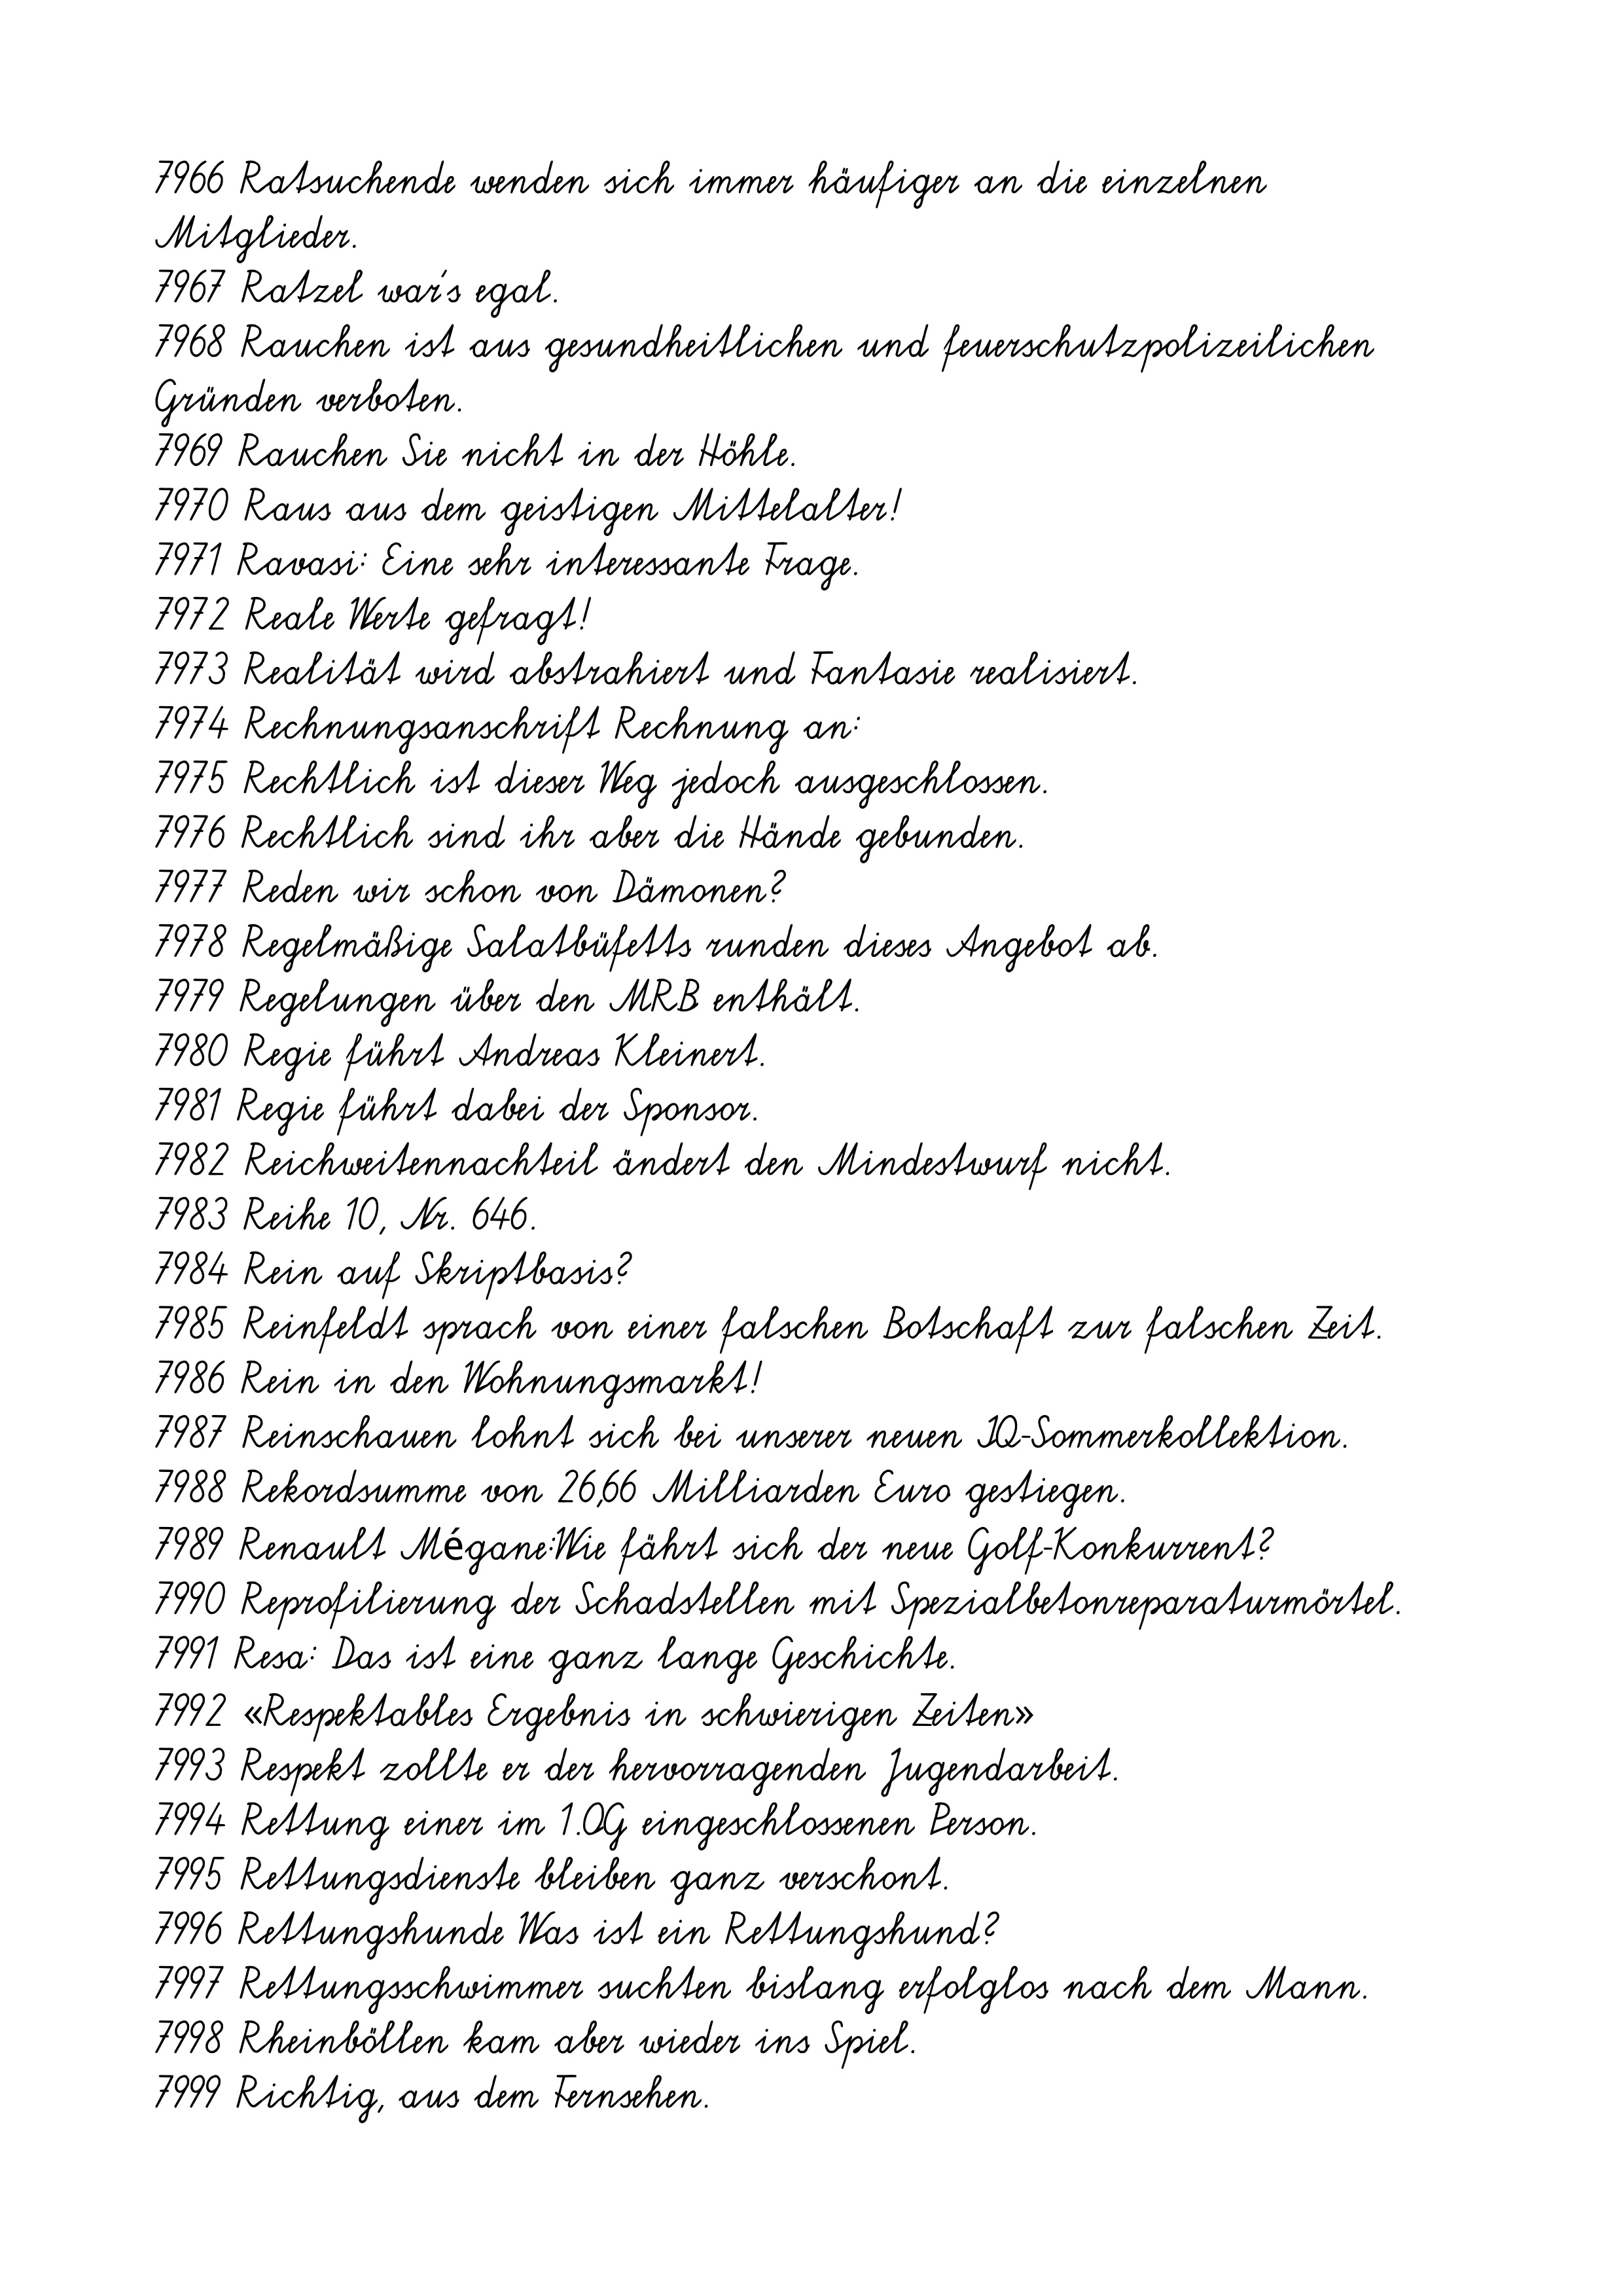
7966 Ratsuchende wenden sich immer häufiger an die einzelnen
Mitglieder.
7967 Ratzel war's egal.
7968 Rauchen ist aus gesundheitlichen und feuerschutzpolizeilichen
Gründen verboten.
7969 Rauchen Sie nicht in der Höhle.
7970 Raus aus dem geistigen Mittelalter!
7971 Ravasi: Eine sehr interessante Frage.
7972 Reale Werte gefragt!
7973 Realität wird abstrahiert und Fantasie realisiert.
7974 Rechnungsanschrift Rechnung an:
7975 Rechtlich ist dieser Weg jedoch ausgeschlossen.
7976 Rechtlich sind ihr aber die Hände gebunden.
7977 Reden wir schon von Dämonen?
7978 Regelmäßige Salatbüfetts runden dieses Angebot ab.
7979 Regelungen über den MRB enthält.
7980 Regie führt Andreas Kleinert.
7981 Regie führt dabei der Sponsor.
7982 Reichweitennachteil ändert den Mindestwurf nicht.
7983 Reihe 10, Nr. 646.
7984 Rein auf Skriptbasis?
7985 Reinfeldt sprach von einer falschen Botschaft zur falschen Zeit.
7986 Rein in den Wohnungsmarkt!
7987 Reinschauen lohnt sich bei unserer neuen IQ-Sommerkollektion.
7988 Rekordsumme von 26,66 Milliarden Euro gestiegen.
7989 Renault Mégane:Wie fährt sich der neue Golf-Konkurrent?
7990 Reprofilierung der Schadstellen mit Spezialbetonreparaturmörtel.
7991 Resa: Das ist eine ganz lange Geschichte.
7992 «Respektables Ergebnis in schwierigen Zeiten»
7993 Respekt zollte er der hervorragenden Jugendarbeit.
7994 Rettung einer im 1.OG eingeschlossenen Person.
7995 Rettungsdienste bleiben ganz verschont.
7996 Rettungshunde Was ist ein Rettungshund?
7997 Rettungsschwimmer suchten bislang erfolglos nach dem Mann.
7998 Rheinböllen kam aber wieder ins Spiel.
7999 Richtig, aus dem Fernsehen.